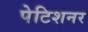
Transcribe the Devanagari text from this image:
पेटिशनर